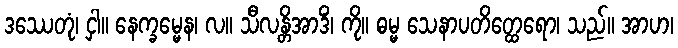
ဒဿေတုံ၊ ငှါ။ နေက္ခမ္မေန၊ လ။ သီလန္တိအာဒိံ၊ ကို။ ဓမ္မ သေနာပတိတ္ထေရော၊ သည်။ အာဟ၊